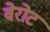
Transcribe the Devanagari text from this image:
वेरोट